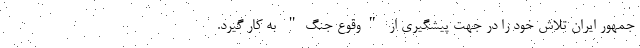
جمهور ایران تلاش خود را در جهت پیشگیری از "وقوع جنگ" به کار گیرد.